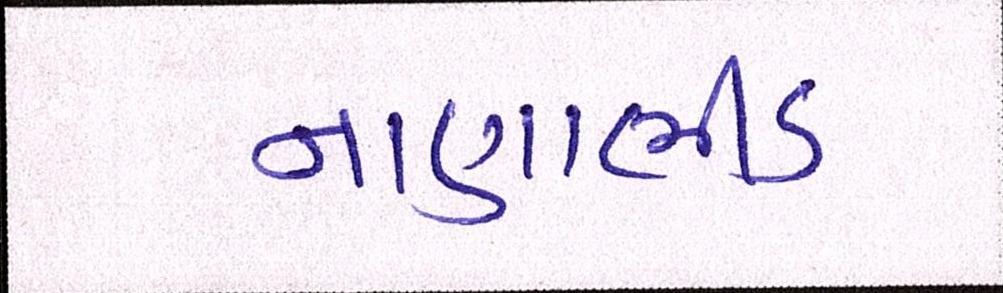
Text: નાણાભીડ